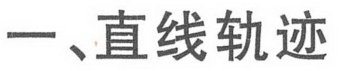
一、直线轨迹